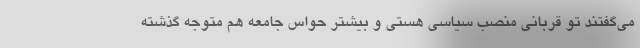
می‌گفتند تو قربانی منصب سیاسی هستی و بیشتر حواس جامعه هم متوجه گذشته